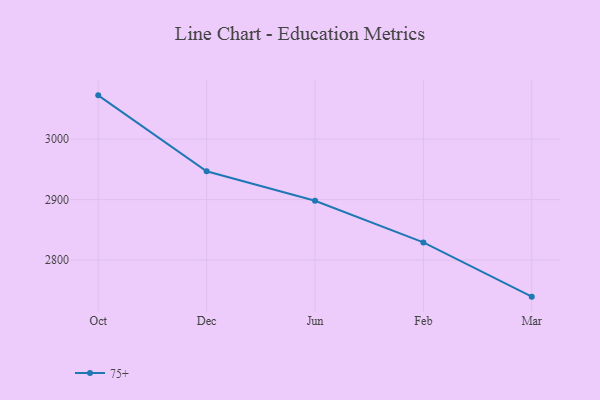
{"axis": {"x": "Month", "y": "Headcount"}, "legend": ["75+"], "data": [{"x": "Oct", "y": 3072.3, "type": "75+"}, {"x": "Dec", "y": 2946.9, "type": "75+"}, {"x": "Jun", "y": 2898.0, "type": "75+"}, {"x": "Feb", "y": 2829.2, "type": "75+"}, {"x": "Mar", "y": 2739.6, "type": "75+"}]}